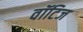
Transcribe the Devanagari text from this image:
वॉटिज